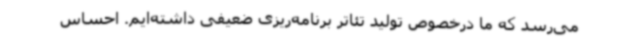
می‌رسد که ما درخصوص تولید تئاتر برنامه‌ریزی ضعیفی داشته‌ایم. احساس